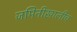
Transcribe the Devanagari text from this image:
जमिनीखालीच